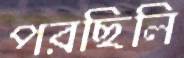
পরছিলি